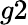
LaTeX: g2